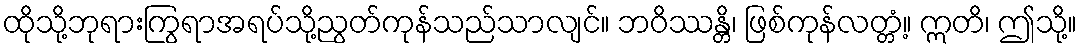
ထိုသို့ဘုရားကြွရာအရပ်သို့ညွတ်ကုန်သည်သာလျင်။ ဘဝိဿန္တိ၊ ဖြစ်ကုန်လတ္တံ့။ ဣတိ၊ ဤသို့။